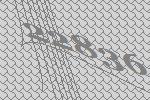
22836